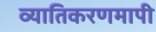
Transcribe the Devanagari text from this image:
व्यातिकरणमापी